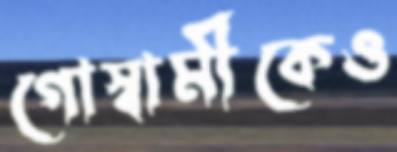
গোস্বামীকেও